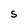
Character: S